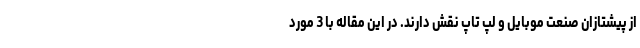
از پیشتازان صنعت موبایل و لپ تاپ نقش دارند. در این مقاله با 3 مورد